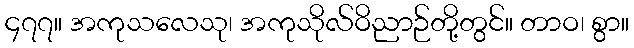
၄၇၇။ အကုသလေသု၊ အကုသိုလ်ဝိညာဉ်တို့တွင်။ တာဝ၊ စွာ။